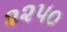
૨૨૫૦